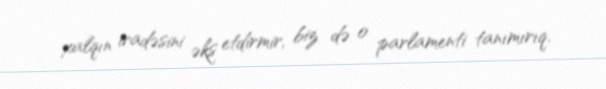
xalqın iradəsini əks etdirmir, biz də o parlamenti tanımırıq.